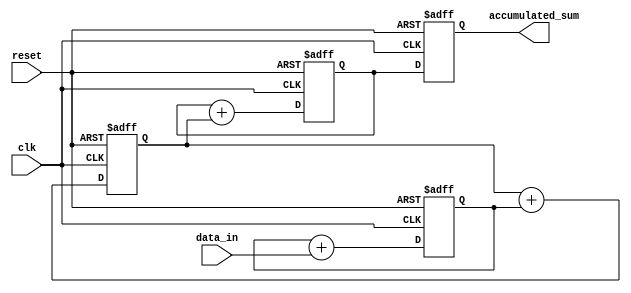
module Cascaded_accumulator(
    input clk,
    input reset,
    input [7:0] data_in,
    output reg [31:0] accumulated_sum
);

reg [31:0] sum1, sum2, sum3;

always @(posedge clk or posedge reset) begin
    if (reset) begin
        sum1 <= 0;
        sum2 <= 0;
        sum3 <= 0;
        accumulated_sum <= 0;
    end else begin
        sum1 <= sum1 + data_in;
        sum2 <= sum2 + sum1;
        sum3 <= sum3 + sum2;
        accumulated_sum <= sum3;
    end
end

endmodule